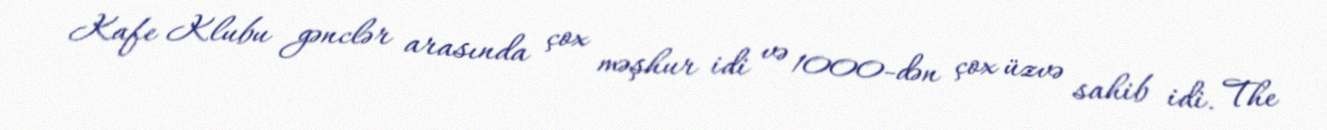
Kafe Klubu gənclər arasında çox məşhur idi və 1000-dən çox üzvə sahib idi. The